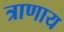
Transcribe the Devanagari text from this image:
त्राणाय